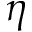
\eta